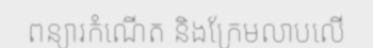
ពន្យារកំណើត និងក្រែមលាបលើ